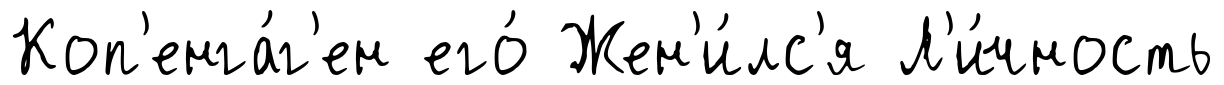
Коп'енга́г'ен его́ Жен'и́лс'я Л'и́чность